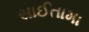
સાઈતામા